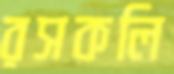
রসকলি